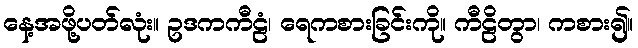
နေ့အဖို့ပတ်လုံး။ ဥဒကကီဠံ၊ ရေကစားခြင်းကို။ ကီဠိတွာ၊ ကစား၍။